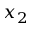
x _ { 2 }